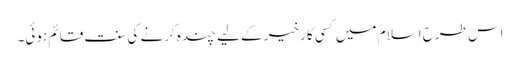
اس طرح اسلام میں کسی کا رخیر کے لیے چندہ کرنے کی سنت قائم ہوئی۔